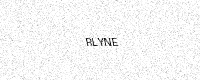
Text: RLYNE